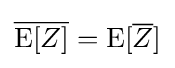
{\overline {\operatorname {E} [Z]}}=\operatorname {E} [{\overline {Z}}]